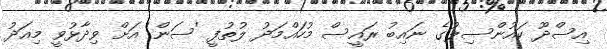
އިސްދޫ ކައުންސިލުގެ ނައިބު ރައީސް މުހައްމަދު ލުތުފީ 'ސަން' އަށް ވިދާޅުވީ މިއަދު